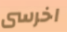
اخرسى